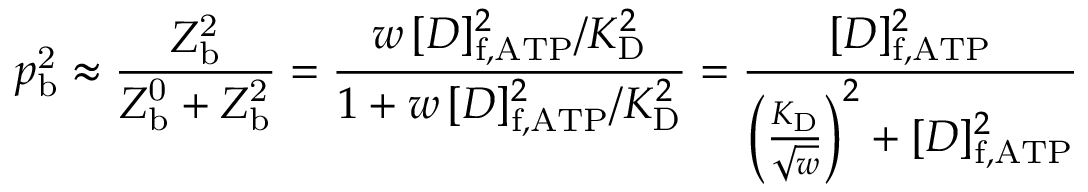
p _ { \mathrm { b } } ^ { \mathrm { 2 } } \approx \frac { Z _ { \mathrm { b } } ^ { \mathrm { 2 } } } { Z _ { \mathrm { b } } ^ { \mathrm { 0 } } + Z _ { \mathrm { b } } ^ { \mathrm { 2 } } } = \frac { w \, [ D ] _ { \mathrm { f , A T P } } ^ { 2 } / K _ { \mathrm { D } } ^ { 2 } } { 1 + w \, [ D ] _ { \mathrm { f , A T P } } ^ { 2 } / K _ { \mathrm { D } } ^ { 2 } } = \frac { [ D ] _ { \mathrm { f , A T P } } ^ { 2 } } { \left( \frac { K _ { \mathrm { D } } } { \sqrt { w } } \right) ^ { 2 } + [ D ] _ { \mathrm { f , A T P } } ^ { 2 } }